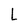
Character: L